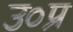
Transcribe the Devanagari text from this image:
उ०प्र